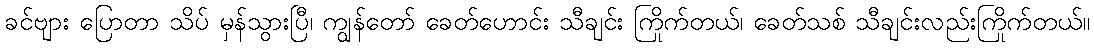
ခင်ဗျား ပြောတာ သိပ် မှန်သွားပြီ၊ ကျွန်တော် ခေတ်ဟောင်း သီချင်း ကြိုက်တယ်၊ ခေတ်သစ် သီချင်းလည်းကြိုက်တယ်။